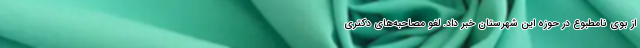
از بوی نامطبوع در حوزه این شهرستان خبر داد. لغو مصاحبه‌های دکتری